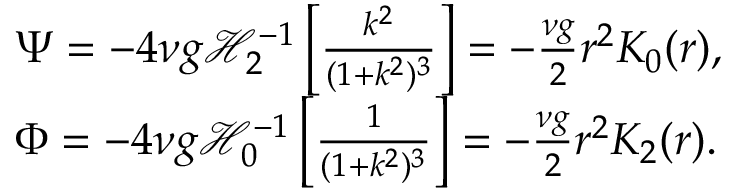
\begin{array} { r l } & { \Psi = - 4 \nu g \mathcal { H } _ { 2 } ^ { - 1 } \left[ \frac { k ^ { 2 } } { ( 1 + k ^ { 2 } ) ^ { 3 } } \right] = - \frac { \nu g } { 2 } r ^ { 2 } K _ { 0 } ( r ) , } \\ & { \Phi = - 4 \nu g \mathcal { H } _ { 0 } ^ { - 1 } \left[ \frac { 1 } { ( 1 + k ^ { 2 } ) ^ { 3 } } \right] = - \frac { \nu g } { 2 } r ^ { 2 } K _ { 2 } ( r ) . } \end{array}